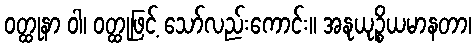
ဝတ္ထုနာ ဝါ၊ ဝတ္ထုဖြင့် သော်လည်းကောင်း။ အနုယုဉ္စိယမာနတာ၊